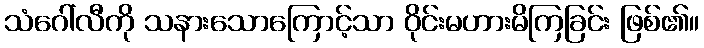
သံဂေါ်လီကို သနားသောကြောင့်သာ ဝိုင်းမဟားမိကြခြင်း ဖြစ်၏။